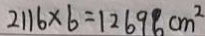
2 1 1 6 \times 6 = 1 2 6 9 6 c m ^ { 2 }